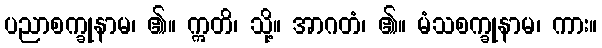
ပညာစက္ခုနာမ၊ ၏။ ဣတိ၊ သို့။ အာဂတံ၊ ၏။ မံသစက္ခုနာမ၊ ကား။